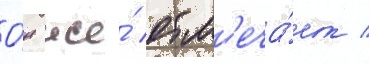
О́н же́ отм'еча́ет /